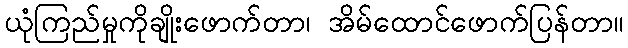
ယုံကြည်မှုကိုချိုးဖောက်တာ၊ အိမ်ထောင်ဖောက်ပြန်တာ။